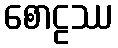
စောဠဿ